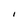
Character: I